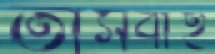
তাসবীহ